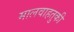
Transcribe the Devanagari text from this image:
मालवाहतुकी